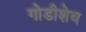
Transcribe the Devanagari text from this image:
गोडीशेव